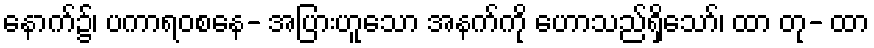
နောက်၌၊ ပကာရဝစနေ- အပြားဟူသော အနက်ကို ဟောသည်ရှိသော်၊ ထာ တု- ထာ